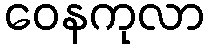
ဝေနကုလာ